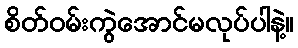
စိတ်ဝမ်းကွဲအောင်မလုပ်ပါနဲ့။